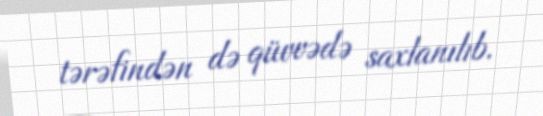
tərəfindən də qüvvədə saxlanılıb.